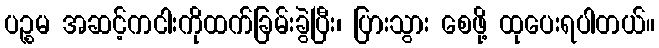
ပဉ္စမ အဆင့်ကငါးကိုထက်ခြမ်းခွဲပြီး၊ ပြားသွား စေဖို့ ထုပေးရပါတယ်။